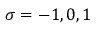
\sigma = - 1 , 0 , 1